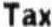
TAX